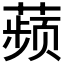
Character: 𬞟